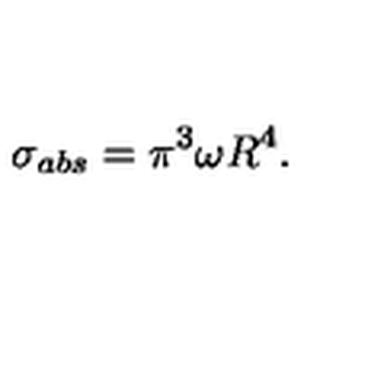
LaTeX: \sigma _ { a b s } = \pi ^ { 3 } \omega R ^ { 4 } .